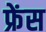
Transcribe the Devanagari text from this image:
फ्रेंस